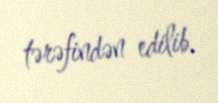
tərəfindən edilib.